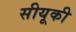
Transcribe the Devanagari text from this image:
सीयूकी